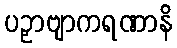
ပဉှာဗျာကရဏာနိ